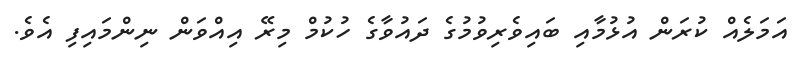
އަމަލެއް ކުރަން އުޅުމާއި ބައިވެރިވުމުގެ ދައުވާގެ ހުކުމް މިރޭ އިއްވަން ނިންމައިފި އެވެ.